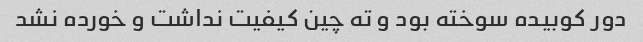
دور کوبیده سوخته بود و ته چین کیفیت نداشت و خورده نشد